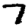
Digit: 7